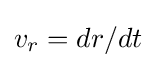
v_{r}=dr/dt